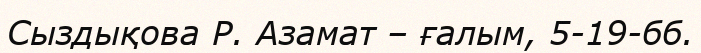
Сыздықова Р. Азамат – ғалым, 5-19-бб.